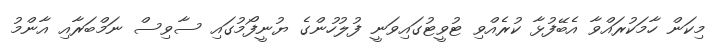
މިކަން ހާމަކުރައްވާ އެބޭފުޅާ ކުރެއްވިި ޓުވީޓުގައިވަނީ ފުލުހުންގެ ޔުނީފޯމުގައި ސާވިސް ނަމްބަރާއި އާންމު